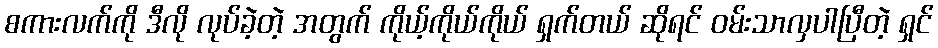
စကားလက်ကို ဒီလို လုပ်ခဲ့တဲ့ အတွက် ကိုယ့်ကိုယ်ကိုယ် ရှက်တယ် ဆိုရင် ဝမ်းသာလှပါပြီတဲ့ ရှင်